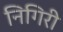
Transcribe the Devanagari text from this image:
निगिरी